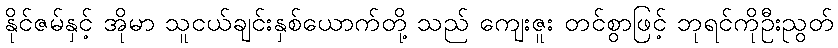
နိုင်ဇမ်နှင့် အိုမာ သူငယ်ချင်းနှစ်ယောက်တို့ သည် ကျေးဇူး တင်စွာဖြင့် ဘုရင်ကိုဦးညွတ်